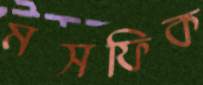
মসফিক